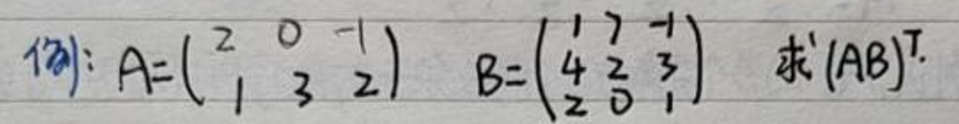
(12): A=\begin{pmatrix}
2 & 0 & -1
1 & 3 & 2
\end{pmatrix}, B = \begin{pmatrix}
1 & 7 & -1
4 & 2 & 3
2 & 0 & 1
\end{pmatrix}, 求 (AB)^T.